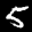
Label: 5